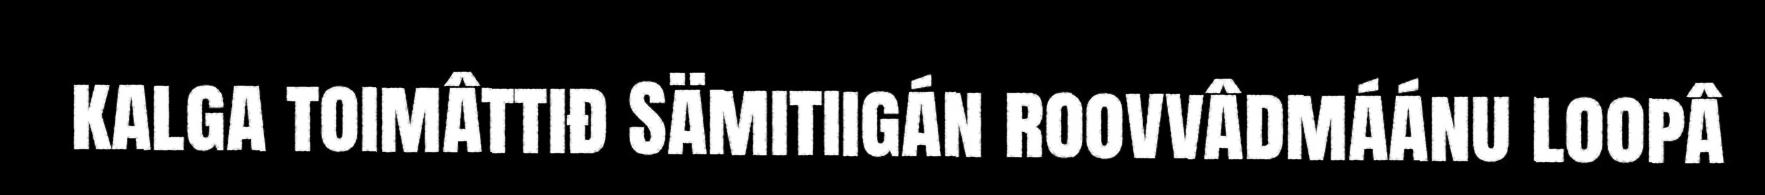
kalga toimâttiđ Sämitiigán roovvâdmáánu loopâ